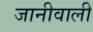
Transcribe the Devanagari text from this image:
जानीवाली